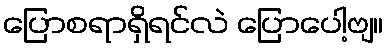
ပြောစရာရှိရင်လဲ ပြောပေါ့ဗျ။